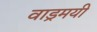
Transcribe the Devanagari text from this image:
वाड्रमयी